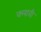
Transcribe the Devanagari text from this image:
क्लावी